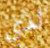
لدي